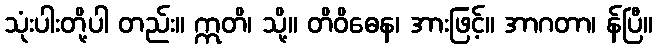
သုံးပါးတို့ပါ တည်း။ ဣတိ၊ သို့။ တိဝိဓေန၊ အားဖြင့်။ အာဂတာ၊ န်ပြီ။